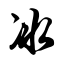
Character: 冰